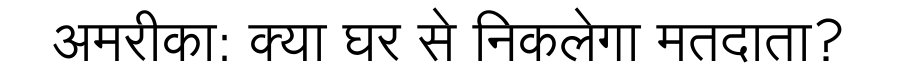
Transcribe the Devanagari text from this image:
अमरीका: क्या घर से निकलेगा मतदाता?